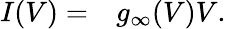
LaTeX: \begin{array}{rl}{I(V)=}&{{}g_{\infty}(V)V.}\end{array}